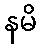
နမိ